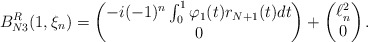
\begin{align*}B_{N3}^R(1,\xi_n)=\begin{pmatrix}-i(-1)^n \int_0^1 \varphi_1(t)r_{N+1}(t) dt\\ 0\end{pmatrix} +\begin{pmatrix}\ell^2_n\\0\end{pmatrix}.\end{align*}